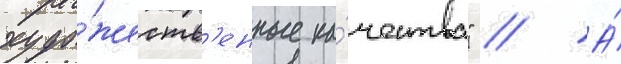
худо́жеств'енные ка́чества" // А́